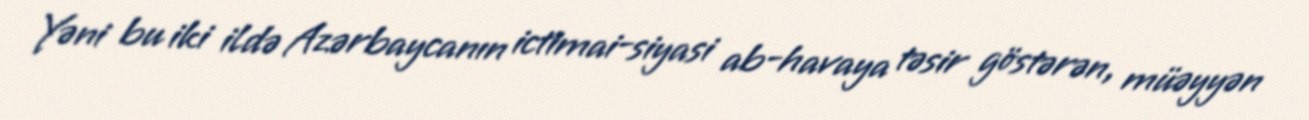
Yəni bu iki ildə Azərbaycanın ictimai-siyasi ab-havaya təsir göstərən, müəyyən